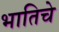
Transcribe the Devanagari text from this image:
भातिचे